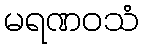
မရဏဝသံ